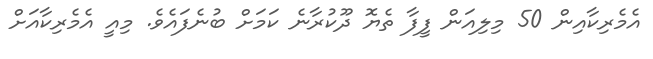
އެމެރިކާއިން 50 މިލިއަން ފީފާ ތެޔޮ ދޫކުރާނެ ކަމަށް ބުނެފައެވެ. މިއީ އެމެރިކާއަށް